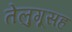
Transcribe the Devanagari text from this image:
तेलुगूसह